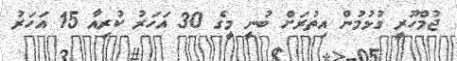
ޖުމްހޫރީ ގުޅުމުން އިތުރަށް ބުނީ މީގެ 30 އަހަރު ކުރިއާ 15 އަހަރު